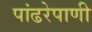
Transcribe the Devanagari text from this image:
पांढरेपाणी